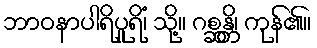
ဘာဝနာပါရိပူရိံ၊ သို့။ ဂစ္ဆန္တိ၊ ကုန်၏။